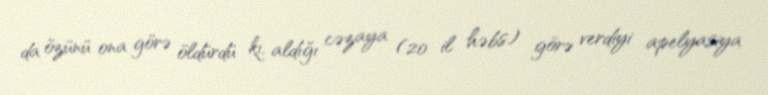
da özünü ona görə öldürdü ki, aldığı cəzaya (20 il həbs) görə verdiyi apelyasiya